Indian Medical Review
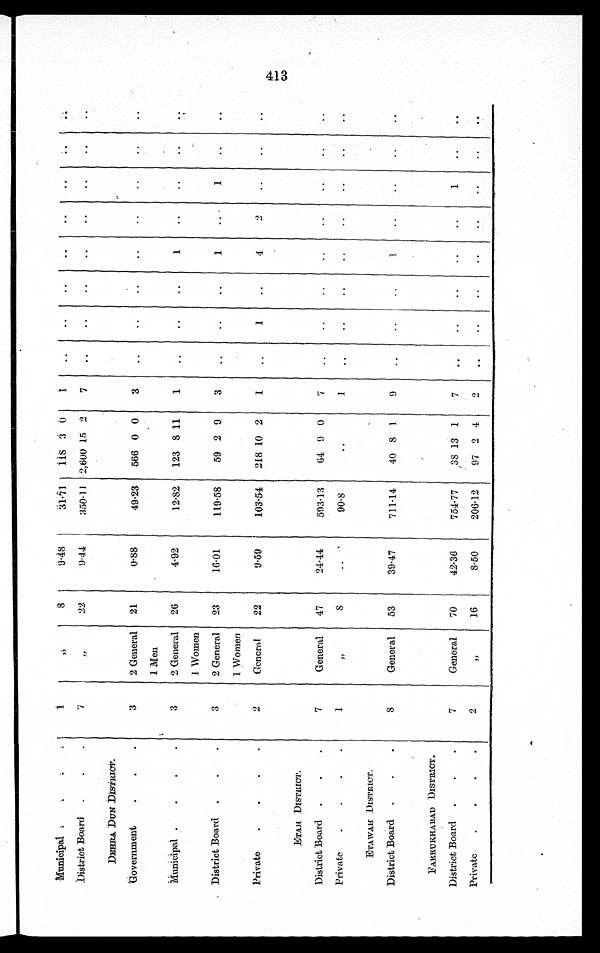
Municipal
1
"
8
9·48
31.71
118 3 0
1
District Board
7
"
22
9·44
350·11 2,600 15 2
7
DEHRA. DuN DISTRICT.
Government
3
2 General
21
0.88
49.23
566 0 0
3
1 Men
Municipal .
.
.
.
3
2 General
26
4.92
12.82
123 8 11
1
1
1 Women
. District Board .
.
.
3
2 General
23
16.01
119.58
59 2 9
3
1
1
1 Women
Private
.
.
.
.
2
General
22
9.59
103.54
218 .10 2
1
I
4
2
ETAH DISTRICT.
District Board .
.
.
7
General
47
24.44
593.13
64 9 0
7
Private
.
.
.
1
"
S
90·8
1
. ,
ETAWAR DISTRICT.
District Board
.
.
8
General
53
39.47
711.14
40 8 1
9
FAREAUKHABAD DISTRICT .
District Board .
.
.
7
General
70
42.36
754.77
38 13 1
1
Private
.
.
.
.
2
"
16
8·50
206·12
97 2 4
2
.